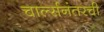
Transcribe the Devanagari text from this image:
चार्ल्सनंतरची